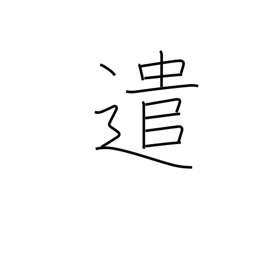
Meaning: undertake